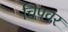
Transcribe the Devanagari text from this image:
चिपवर